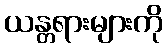
ယန္တရားများကို